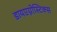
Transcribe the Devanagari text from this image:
डायएग्नोस्टिक्स